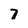
Character: 7